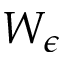
W _ { \epsilon }